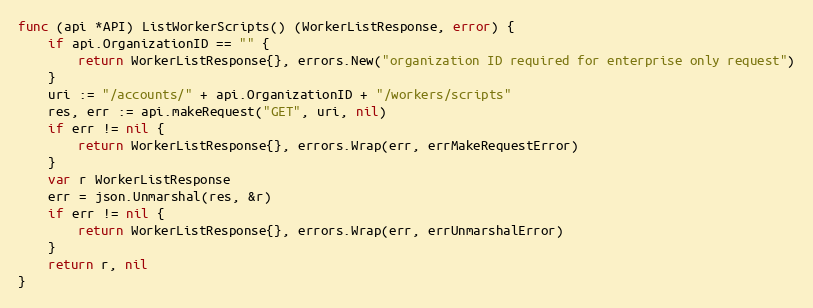
Language: Go
func (api *API) ListWorkerScripts() (WorkerListResponse, error) {
	if api.OrganizationID == "" {
		return WorkerListResponse{}, errors.New("organization ID required for enterprise only request")
	}
	uri := "/accounts/" + api.OrganizationID + "/workers/scripts"
	res, err := api.makeRequest("GET", uri, nil)
	if err != nil {
		return WorkerListResponse{}, errors.Wrap(err, errMakeRequestError)
	}
	var r WorkerListResponse
	err = json.Unmarshal(res, &r)
	if err != nil {
		return WorkerListResponse{}, errors.Wrap(err, errUnmarshalError)
	}
	return r, nil
}